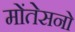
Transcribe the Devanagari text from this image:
मोंतेसनो